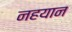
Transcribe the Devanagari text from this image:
नहयान